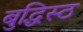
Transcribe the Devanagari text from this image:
बुद्धिस्ठ